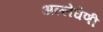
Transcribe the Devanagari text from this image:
अल्लेघेणी